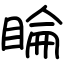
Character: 睔